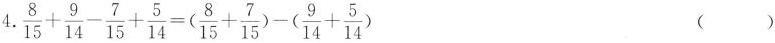
$$\frac{ 8 }{ 1 5 } + \frac{ 9 }{ 1 4 } - \frac{ 7 }{ 1 5 } + \frac{ 5 }{ 1 4 } = (\frac{ 8 }{ 1 5 } + \frac{ 7 }{ 1 5 }) - (\frac{ 9 }{ 1 4 } + \frac{ 5 }{ 1 4 }$$ ( )